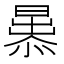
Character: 𭨢